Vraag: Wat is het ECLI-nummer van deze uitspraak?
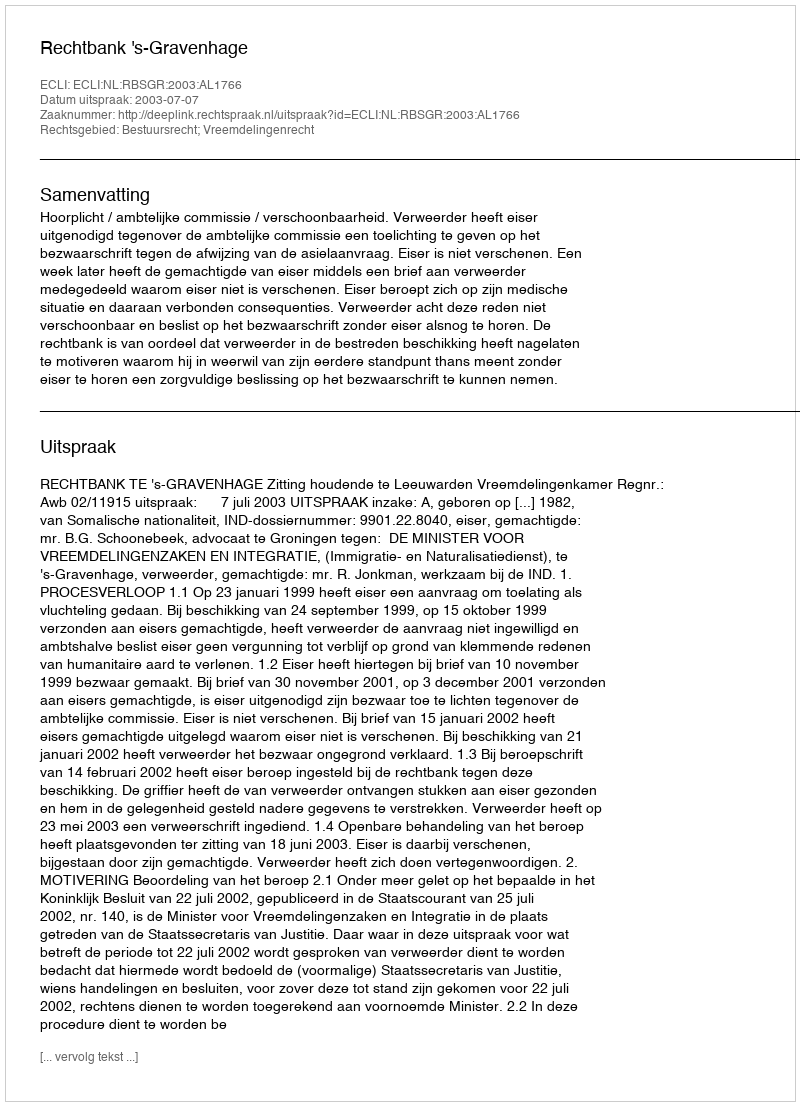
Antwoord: ECLI:NL:RBSGR:2003:AL1766